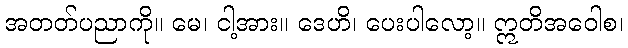
အတတ်ပညာကို။ မေ၊ ငါ့အား။ ဒေဟိ၊ ပေးပါလော့။ ဣတိအဝေါစ၊